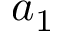
a _ { 1 }